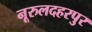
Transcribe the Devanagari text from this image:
नूरुलदहरपुर